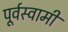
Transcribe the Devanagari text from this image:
पूर्वस्वामी